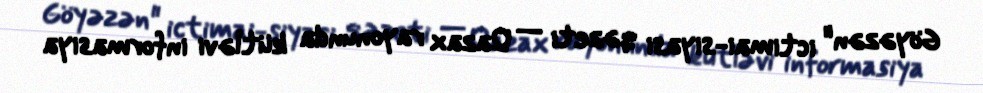
Göyəzən" ictimai-siyasi qəzeti — Qazax rayonunda kütləvi informasiya